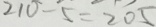
2 1 0 - 5 = 2 0 5